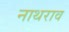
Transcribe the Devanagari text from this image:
नाथराव